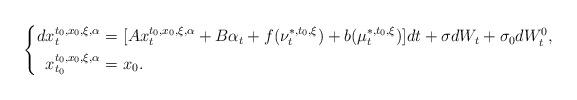
LaTeX: \begin{align*}\left\{\begin{aligned}dx_t^{t_0,x_0,\xi,\alpha}=&~[Ax_t^{t_0,x_0,\xi,\alpha}+B\alpha_t+f(\nu_t^{*,t_0,\xi})+b(\mu_t^{*,t_0,\xi})]dt+\sigma dW_t+\sigma_0dW^0_t,\\x_{t_0}^{t_0,x_0,\xi,\alpha}=&~x_0.\end{aligned}\right.\end{align*}